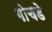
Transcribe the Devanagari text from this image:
गोचडे